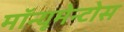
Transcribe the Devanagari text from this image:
मॉन्यूमेन्टोस